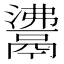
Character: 𩰾